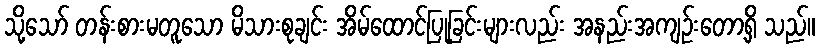
သို့သော် တန်းစားမတူသော မိသားစုချင်း အိမ်ထောင်ပြုခြင်းများလည်း အနည်းအကျဉ်းတော့ရှိ သည်။